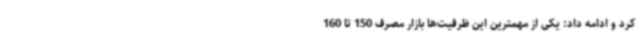
کرد و ادامه داد: یکی از مهمترین این ظرفیت‌ها بازار مصرف 150 تا 160